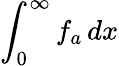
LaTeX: \int_{0}^{\infty}f_{a}\, dx